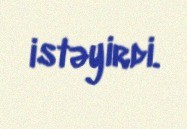
istəyirdi.